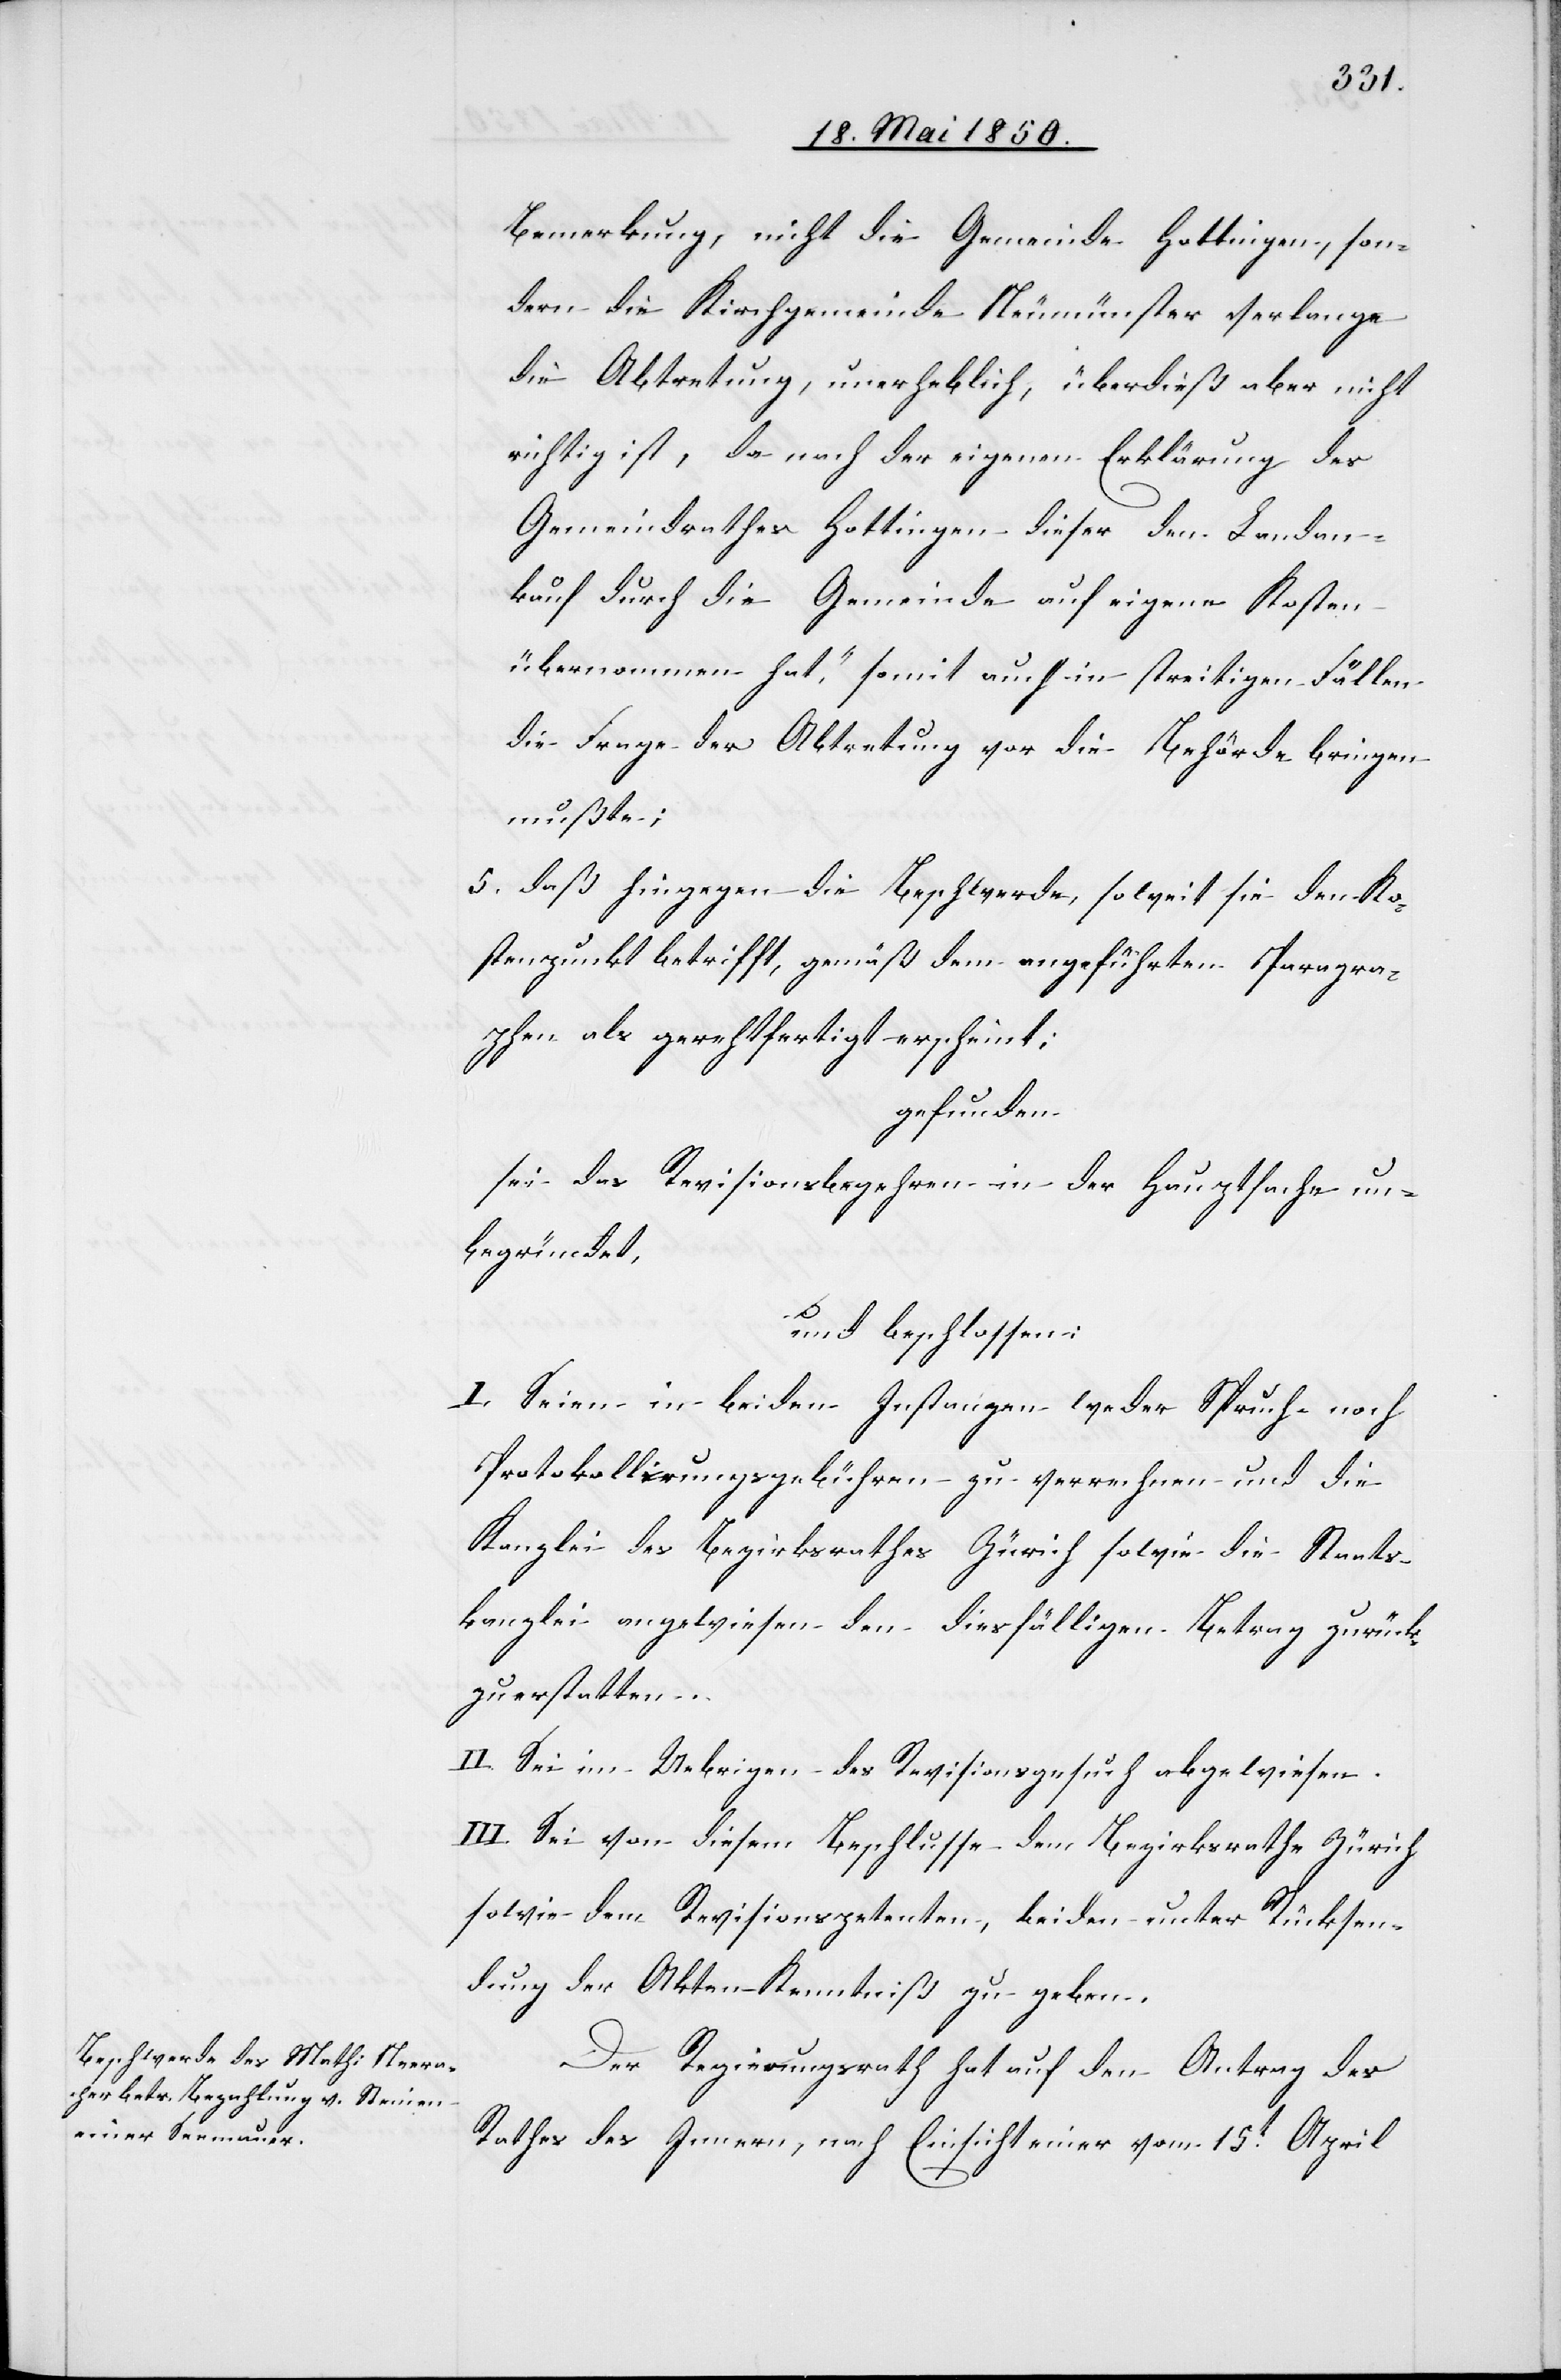
Bemerkung, [„]nicht die Gemeinde Hottingen, son¬
dern die Kirchgemeinde Neumünster verlange
die Abtretung, unerheblich, überdieß aber nicht
richtig ist, da nach der eigenen Erklärung des
Gemeindrathes Hottingen dieser den Landan¬
kauf durch die Gemeinde auf eigene Kosten
übernommen hat“, somit auch in streitigen Fällen
die Frage der Abtretung vor die Behörde bringen
mußte;
5. daß hingegen die Beschwerde, soweit sie den Ko¬
stenpunkt betrifft, gemäß dem angeführten Paragra¬
phen als gerechtfertigt erscheint;
gefunden
sei das Revisionsbegehren in der Hauptsache un¬
begründet,
und beschlossen:
I. Seien in beiden Instanzen weder Spruch- noch
Protokollirungsgebühren zu verrechnen und die
Kanzlei des Bezirksrathes Zürich sowie die Staats¬
kanzlei angewiesen den diesfälligen Betrag zurück¬
zuerstatten.
II. Sei im Uebrigen das Revisionsgesuch abgewiesen.
III. Sei von diesem Beschlusse dem Bezirksrathe Zürich
sowie dem Revisionspetenten, beiden unter Rücksen¬
dung der Akten Kenntniß zu geben.
Der Regierungsrath hat auf den Antrag des
Rathes des Innern, nach Einsicht einer vom 15t April